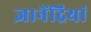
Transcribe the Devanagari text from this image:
ज्ञानेंद्रियां